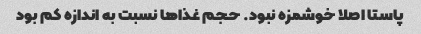
پاستا اصلا خوشمزه نبود. حجم غذاها نسبت به اندازه کم بود